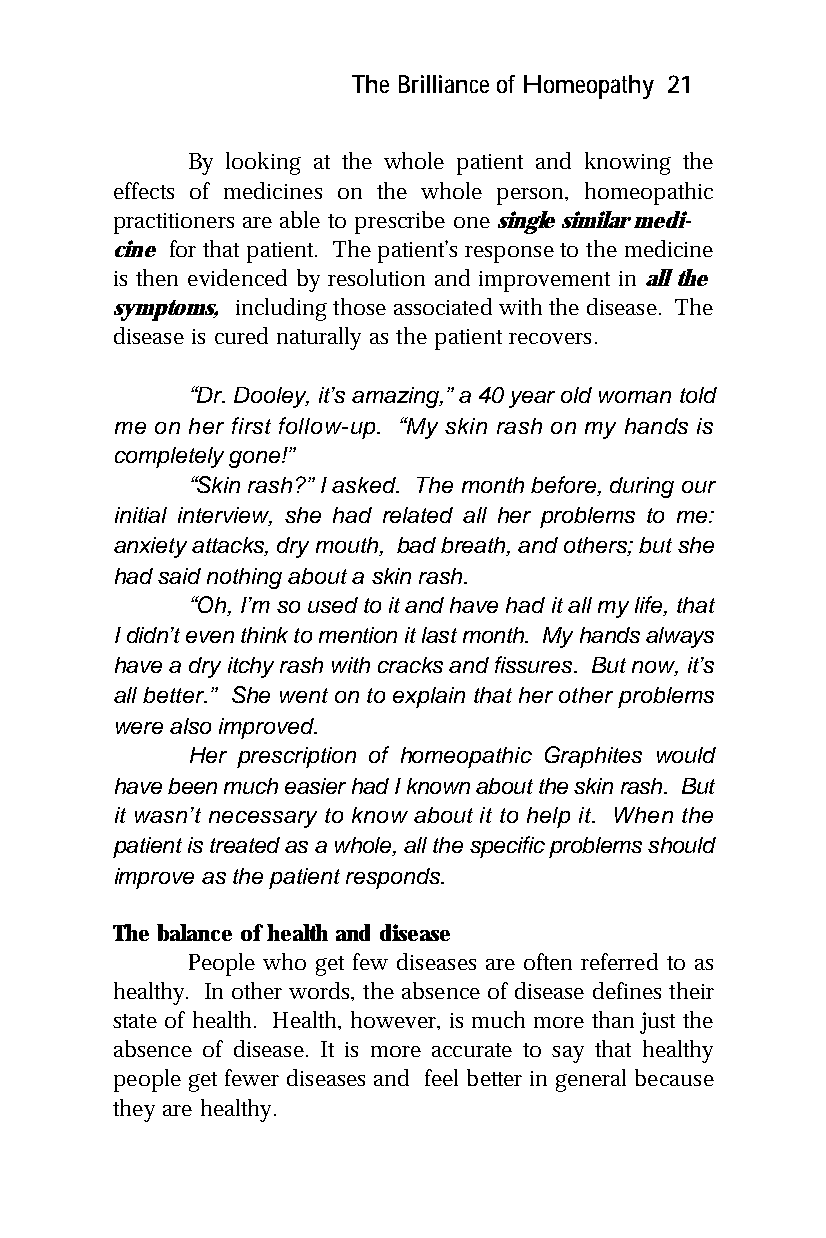
The Brilliance of Homeopathy 21
 By looking at the whole patient and knowing the
 effects of medicines on the whole person, homeopathic
 practitioners are able to prescribe one single similar medi-
 cine for that patient. The patient’s response to the medicine
 is then evidenced by resolution and improvement in all the
 symptoms, including those associated with the disease. The
 disease is cured naturally as the patient recovers.
 “Dr. Dooley, it’s amazing,” a 40 year old woman told
 me on her first follow-up. “My skin rash on my hands is
 completely gone!”
 “Skin rash?” I asked. The month before, during our
 initial interview, she had related all her problems to me:
 anxiety attacks, dry mouth, bad breath, and others; but she
 had said nothing about a skin rash.
 “Oh, I’m so used to it and have had it all my life, that
 I didn’t even think to mention it last month. My hands always
 have a dry itchy rash with cracks and fissures. But now, it’s
 all better.” She went on to explain that her other problems
 were also improved.
 Her prescription of homeopathic Graphites would
 have been much easier had I known about the skin rash. But
 it wasn’t necessary to know about it to help it. When the
 patient is treated as a whole, all the specific problems should
 improve as the patient responds.
 The balance of health and disease
 People who get few diseases are often referred to as
 healthy. In other words, the absence of disease defines their
 state of health. Health, however, is much more than just the
 absence of disease. It is more accurate to say that healthy
 people get fewer diseases and feel better in general because
 they are healthy.